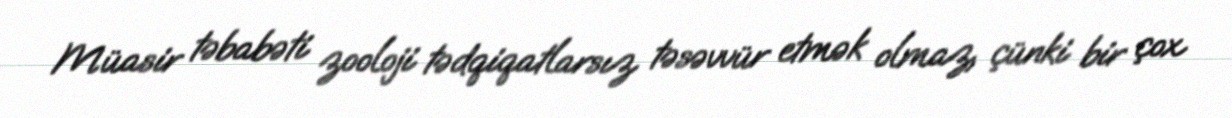
Müasir təbabəti zooloji tədqiqatlarsız təsəvvür etmək olmaz, çünki bir çox